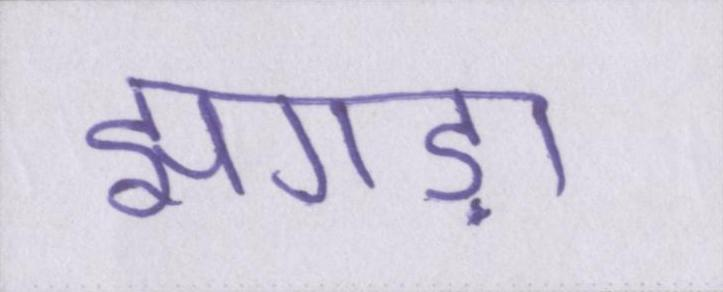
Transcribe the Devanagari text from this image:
झगड़ा